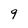
Character: 9